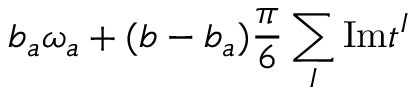
b _ { a } \omega _ { a } + ( b - b _ { a } ) { \frac { \pi } { 6 } } \sum _ { I } \mathrm { I m } t ^ { I }